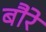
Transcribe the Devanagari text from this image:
बौरे